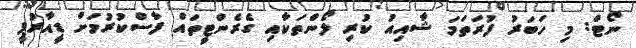
ނޯޓް: މި ހަބަރު ފުރަތަމަ ޝާއިއު ކުރި ލޯންތަކާއި ގެރެންޓީތައް ފާސްކުރުމަށް ޑީއާރުޕީ